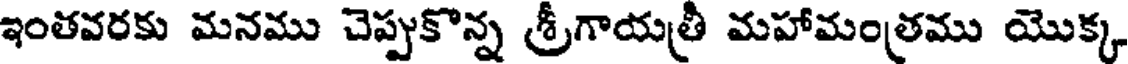
ఇంతవరకు మనము చెప్పుకొన్న శ్రీగాయత్రీ మహామంత్రము యొక్క